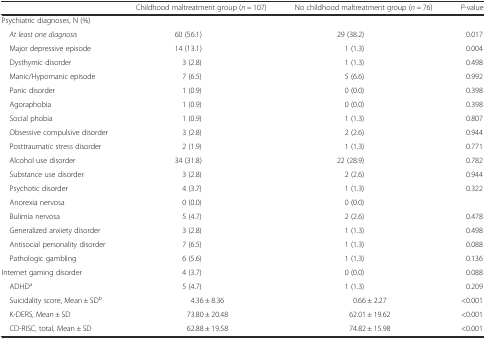
<table><thead><tr><td></td><td><b>Childhood maltreatment group (<i>n</i> = 107)</b></td><td><b>No childhood maltreatment group (<i>n</i> = 76)</b></td><td><b><i>P</i>-value</b></td></tr></thead><tbody><tr><td colspan="4">Psychiatric diagnoses, N (%)</td></tr><tr><td> <i>At least one diagnosis</i></td><td>60 (56.1)</td><td>29 (38.2)</td><td>0.017</td></tr><tr><td> Major depressive episode</td><td>14 (13.1)</td><td>1 (1.3)</td><td>0.004</td></tr><tr><td> Dysthymic disorder</td><td>3 (2.8)</td><td>1 (1.3)</td><td>0.498</td></tr><tr><td> Manic/Hypomanic episode</td><td>7 (6.5)</td><td>5 (6.6)</td><td>0.992</td></tr><tr><td> Panic disorder</td><td>1 (0.9)</td><td>0 (0.0)</td><td>0.398</td></tr><tr><td> Agoraphobia</td><td>1 (0.9)</td><td>0 (0.0)</td><td>0.398</td></tr><tr><td> Social phobia</td><td>1 (0.9)</td><td>1 (1.3)</td><td>0.807</td></tr><tr><td> Obsessive compulsive disorder</td><td>3 (2.8)</td><td>2 (2.6)</td><td>0.944</td></tr><tr><td> Posttraumatic stress disorder</td><td>2 (1.9)</td><td>1 (1.3)</td><td>0.771</td></tr><tr><td> Alcohol use disorder</td><td>34 (31.8)</td><td>22 (28.9)</td><td>0.782</td></tr><tr><td> Substance use disorder</td><td>3 (2.8)</td><td>2 (2.6)</td><td>0.944</td></tr><tr><td> Psychotic disorder</td><td>4 (3.7)</td><td>1 (1.3)</td><td>0.322</td></tr><tr><td> Anorexia nervosa</td><td>0 (0.0)</td><td>0 (0.0)</td><td></td></tr><tr><td> Bulimia nervosa</td><td>5 (4.7)</td><td>2 (2.6)</td><td>0.478</td></tr><tr><td> Generalized anxiety disorder</td><td>3 (2.8)</td><td>1 (1.3)</td><td>0.498</td></tr><tr><td> Antisocial personality disorder</td><td>7 (6.5)</td><td>1 (1.3)</td><td>0.088</td></tr><tr><td> Pathologic gambling</td><td>6 (5.6)</td><td>1 (1.3)</td><td>0.136</td></tr><tr><td>Internet gaming disorder</td><td>4 (3.7)</td><td>0 (0.0)</td><td>0.088</td></tr><tr><td> ADHD<sup>a</sup></td><td>5 (4.7)</td><td>1 (1.3)</td><td>0.209</td></tr><tr><td> Suicidality score, Mean ± SD<sup>b</sup></td><td>4.36 ± 8.36</td><td>0.66 ± 2.27</td><td>&lt;0.001</td></tr><tr><td> K-DERS, Mean ± SD</td><td>73.80 ± 20.48</td><td>62.01 ± 19.62</td><td>&lt;0.001</td></tr><tr><td> CD-RISC, total, Mean ± SD</td><td>62.88 ± 19.58</td><td>74.82 ± 15.98</td><td>&lt;0.001</td></tr></tbody></table>